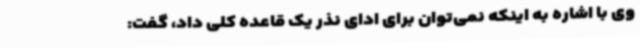
وی با اشاره به اینکه نمی‌توان برای ادای نذر یک قاعده کلی داد، گفت: